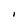
Character: I